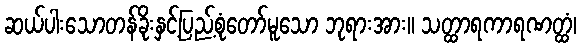
ဆယ်ပါးသောတန်ခိုးနှင့်ပြည့်စုံတော်မူသော ဘုရားအား။ သတ္ထာရကာရဏတ္ထံ၊